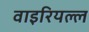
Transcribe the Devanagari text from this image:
वाइरियल्ल